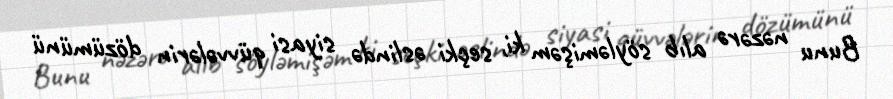
Bunu nəzərə alıb söyləmişəm ki, seçki əslində siyasi qüvvələrin dözümünü